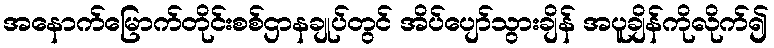
အနောက်မြောက်တိုင်းစစ်ဌာနချုပ်တွင် အိပ်ပျော်သွားချိန် အပူချိန်ကိုလိုက်၍